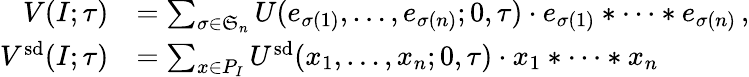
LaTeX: \begin{array}{rl}{V(I;\tau)}&{=\sum_{\sigma\in\mathfrak{S}_{n}}U(e_{\sigma(1)},\dotsc,e_{\sigma(n)};0,\tau)\cdot e_{\sigma(1)}*\cdots*e_{\sigma(n)}\, ,}\\ {V^{\smash{\mathrm{sd}}}(I;\tau)}&{=\sum_{x\in P_{I}}U^{\smash{\mathrm{sd}}}(x_{1},\dotsc,x_{n};0,\tau)\cdot x_{1}*\cdots*x_{n}}\end{array}